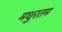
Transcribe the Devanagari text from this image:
मधुरतम